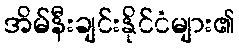
အိမ်နီးချင်းနိုင်ငံများ၏